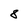
Character: 8